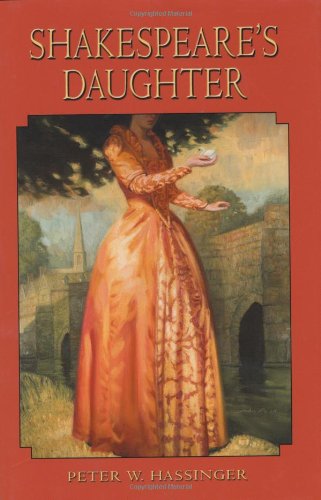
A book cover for Shakespeare's Daughter; Peter W. Hassinger; Teen & Young Adult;